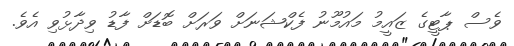
ވެސް ޕާޓީގެ ޒައީމު މައުމޫނު ފެކްޝަނަށް ވަރަށް ބޮޑަށް ފާޑު ވިދާޅުވި އެވެ.